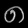
Digit: ၈